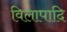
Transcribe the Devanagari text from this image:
विलापादि